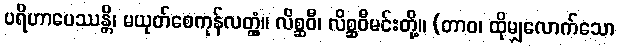
ပရိဟာပေဿန္တိ၊ မယုတ်စေကုန်လတ္တံ့။ လိစ္ဆဝီ၊ လိစ္ဆဝီမင်းတို့။ (တာဝ၊ ထိုမျှလောက်သော